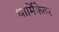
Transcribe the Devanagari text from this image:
धार्मिकेतर